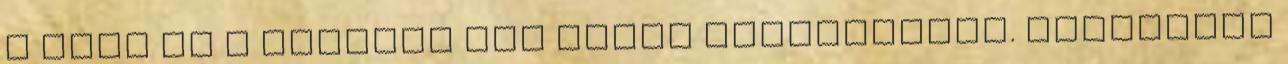
a test és a szellem már nincs harmóniában. Előfordul